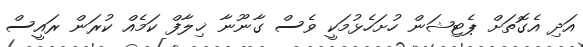
އަދި އެގޮތަށް ޕެޓިޝަން ހުށަހެޅުމަކީ ވެސް ގާނޫނާ ޚިލާފް ކަމެއް ކުރަން ރައީސް